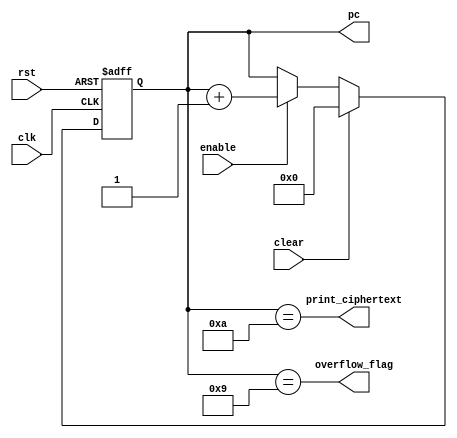
module round_counter (
    output   reg    [3:0]    pc,
    output   wire            overflow_flag, print_ciphertext,
    input    wire            enable,
    input    wire            clear,
    input    wire            clk,
    input    wire            rst
);

assign overflow_flag    = (pc == 4'd9);
assign print_ciphertext = (pc == 4'd10);

always @(posedge clk or negedge rst)
    begin
        if(!rst)
            begin
                pc <= 4'b0;
            end
        else if(clear)
            begin
                pc <= 4'b0;
            end
        else if(enable)
            begin
                
                pc <= pc + 4'b1;
            end
    end

endmodule